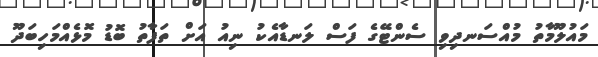
މައުލޫމާތު މުއްސަނދިވި ސެންޓޭގެ ފަސް ލަނޑާއެކު ނިއު އަށް ތަފާތު ބޮޑު މޮޅެއްމަހިބަދޫ